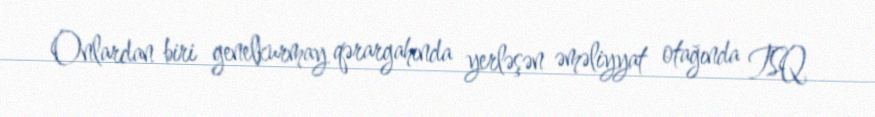
Onlardan biri genelkurmay qərargahında yerləşən əməliyyat otağında TSQ